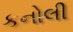
કનોલી